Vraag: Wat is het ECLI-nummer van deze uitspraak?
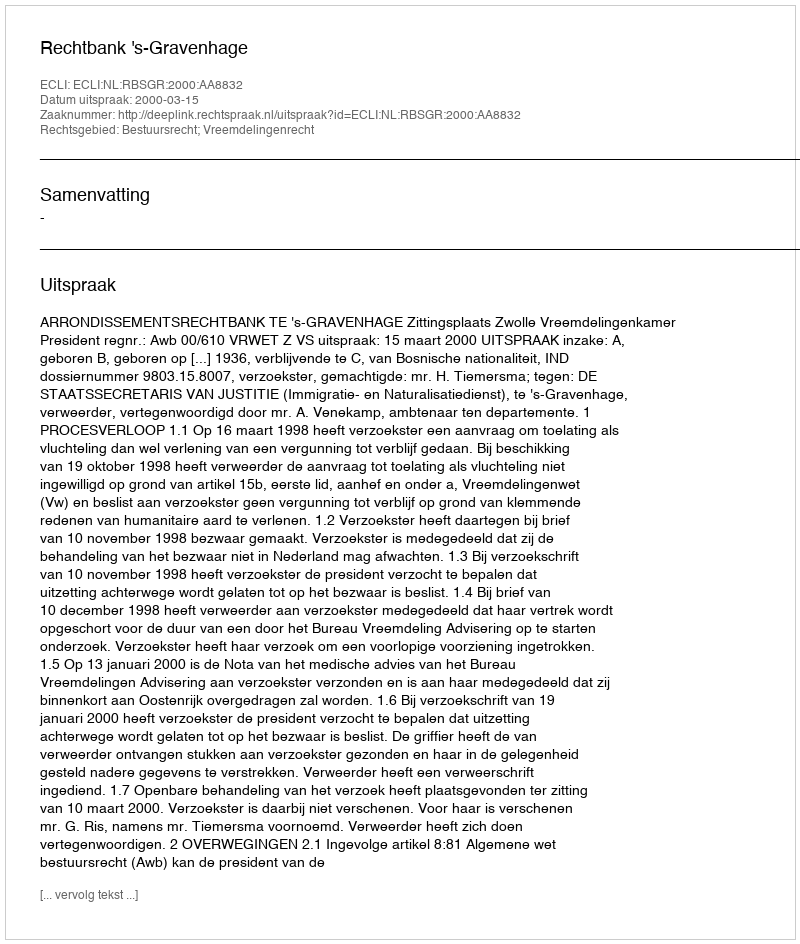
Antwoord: ECLI:NL:RBSGR:2000:AA8832